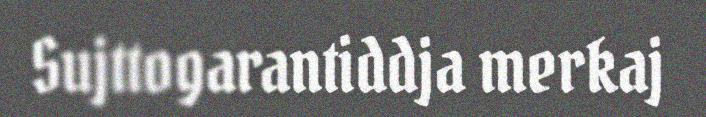
Sujttogarantiddja merkaj